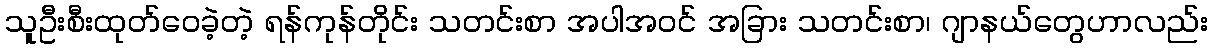
သူဦးစီးထုတ်ဝေခဲ့တဲ့ ရန်ကုန်တိုင်း သတင်းစာ အပါအဝင် အခြား သတင်းစာ၊ ဂျာနယ်တွေဟာလည်း